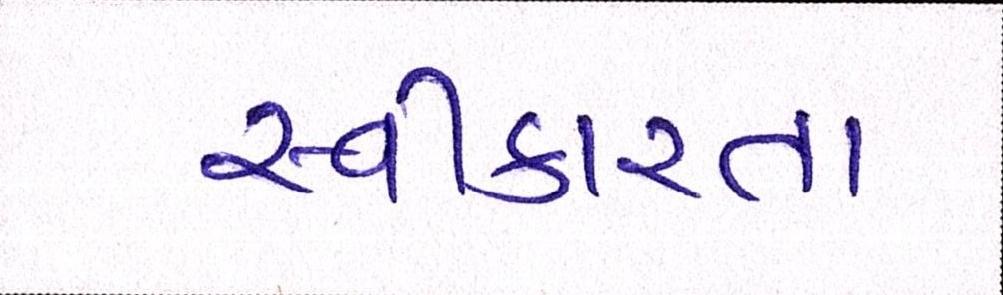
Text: સ્વીકારતા